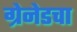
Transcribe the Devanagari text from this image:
ग्रेनेडचा